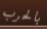
بالحرب